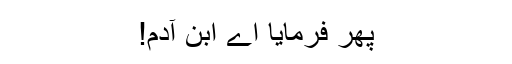
پھر فرمایا اے ابن آدم!